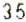
35